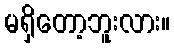
မရှိတော့ဘူးလား။